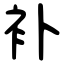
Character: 补